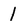
Character: 1